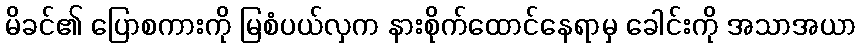
မိခင်၏ ပြောစကားကို မြစံပယ်လှက နားစိုက်ထောင်နေရာမှ ခေါင်းကို အသာအယာ